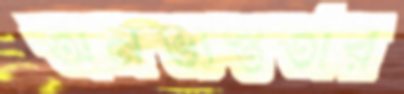
অনভ্যস্ততার